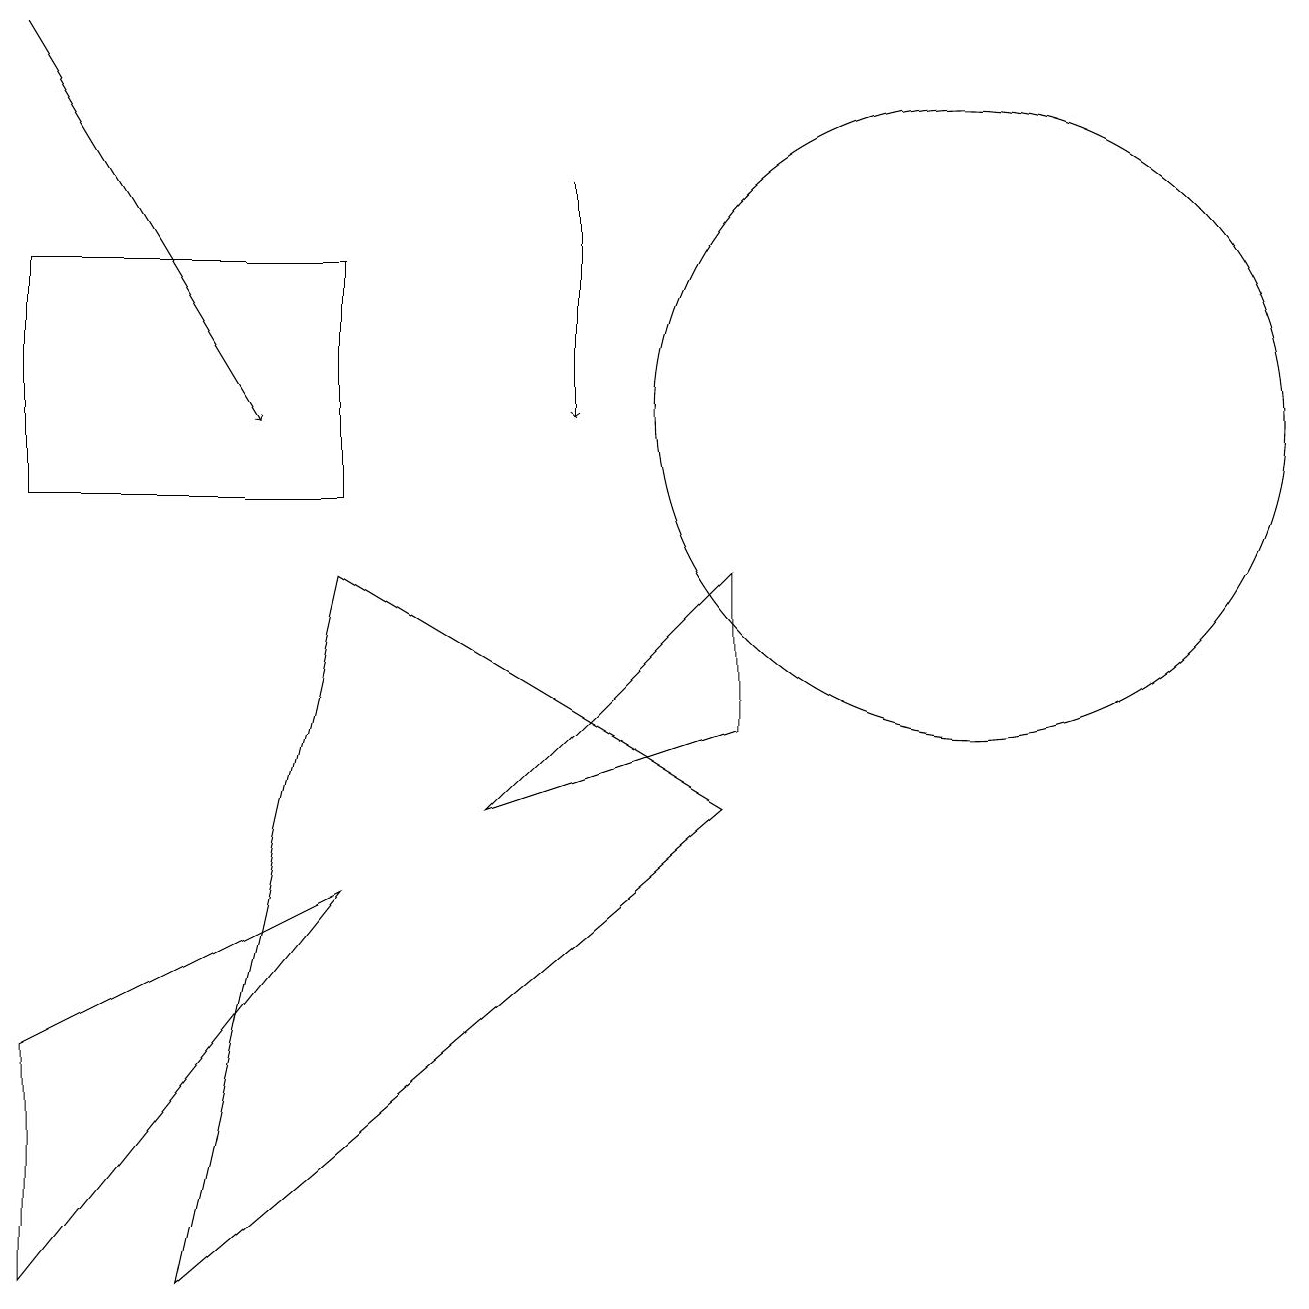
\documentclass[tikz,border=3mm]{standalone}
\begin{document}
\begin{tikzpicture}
\draw (4,9) -- (9,6) -- (2,0) -- cycle;
\draw (0,3) -- (0,0) -- (4,5) -- cycle;
\draw (12,11) circle (4);
\draw (4,13) rectangle (0,10);
\draw[->] (0,16) -- (3,11);
\draw[->] (7,14) -- (7,11);
\draw (6,6) -- (9,7) -- (9,9) -- cycle;
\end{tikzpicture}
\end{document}